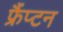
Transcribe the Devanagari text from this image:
फ्रैंप्टन